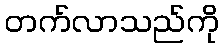
တက်လာသည်ကို